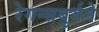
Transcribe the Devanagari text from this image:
रेगन्सबुर्गने